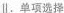
Ⅱ.单项选择